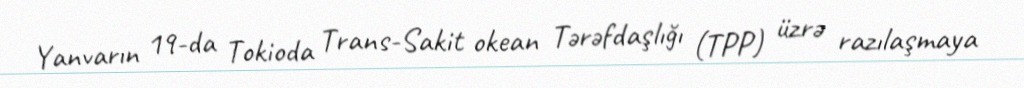
Yanvarın 19-da Tokioda Trans-Sakit okean Tərəfdaşlığı (TPP) üzrə razılaşmaya